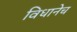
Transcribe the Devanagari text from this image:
विधानेच